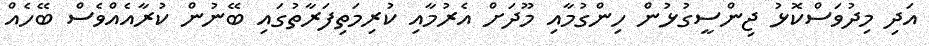
އަދި މިދުވަސްކޮޅު ޖިންސީގުޅުން ހިންގުމާއި މޫދަށް އެރުމާއި ކުރިމަތިފަރާތުގައި ބޭނުން ކުރާއެއްވެސް ބޭހެއް